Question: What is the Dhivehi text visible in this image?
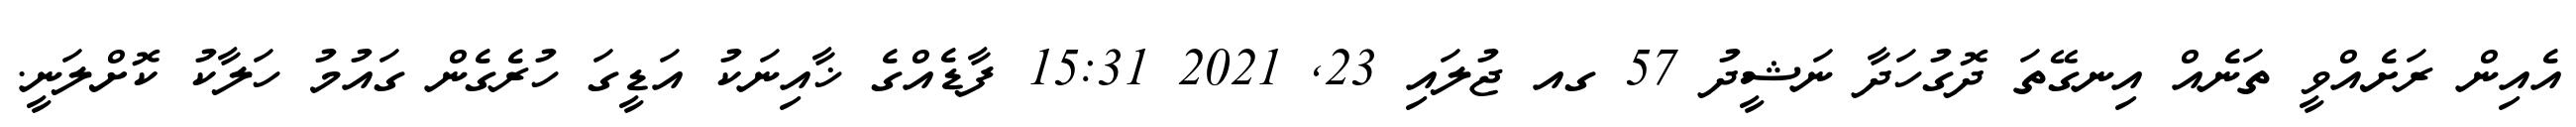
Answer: އެއިން ރަށެއްވީ ތަނެއް އިނގޭތަ ދޮގުހަދާ ނަޝީދު 57 ގއ ޖުލައި 23, 2021 15:31 ފާޑެއްގެ ޚާއިނަކު އަޑީގަ ހުރެގެން ގައުމު ހަލާކު ކޮށްލަނީ.